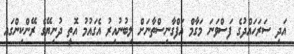
އަދި ސަރަހައްދުގެ ފަސްވަނަ މަގާމް އަފްގާނިސްތާނަށް ލިބުނުއިރު އެގައުމު އޮތީ ދުނިޔޭގެ ރޭންކިންގައި